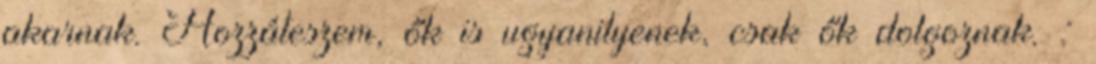
akarnak. Hozzáteszem, ők is ugyanilyenek, csak ők dolgoznak. :